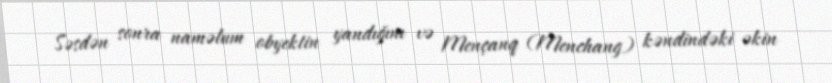
Səsdən sonra naməlum obyektin yandığını və Mençanq (Menchang) kəndindəki əkin